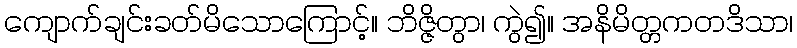
ကျောက်ချင်းခတ်မိသောကြောင့်။ ဘိဇ္ဇိတွာ၊ ကွဲ၍။ အနိမိတ္တကတဒိသာ၊